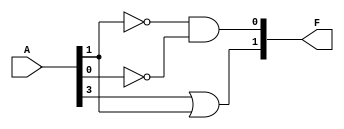
//Objective:
//Encode a 4:2 Encoder
`timescale 1ns / 1ps
module Lab2(A,F);//Declare variables
input [3:0] A;//Define input
output [1:0] F;//Define output

wire F0;//Temporarily store A3 or A1
wire F1;//Temporarily store !A0 and !A1

assign F0 = A[3] | A[1];
assign F1 = ~A[1] & ~A[0];

assign F = {F0,F1};//F[1] = F0, F[0] = F1

endmodule